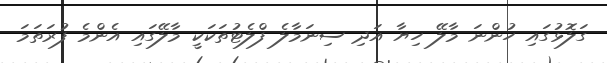
ގަލޮޅުގައި ހުންނަ މާލޭ ހިޔާ އަދި ސިނަމާލެ ފްލެޓުތަކަކީ މާލޭގައި އެންމެ ފުރަތަމަ